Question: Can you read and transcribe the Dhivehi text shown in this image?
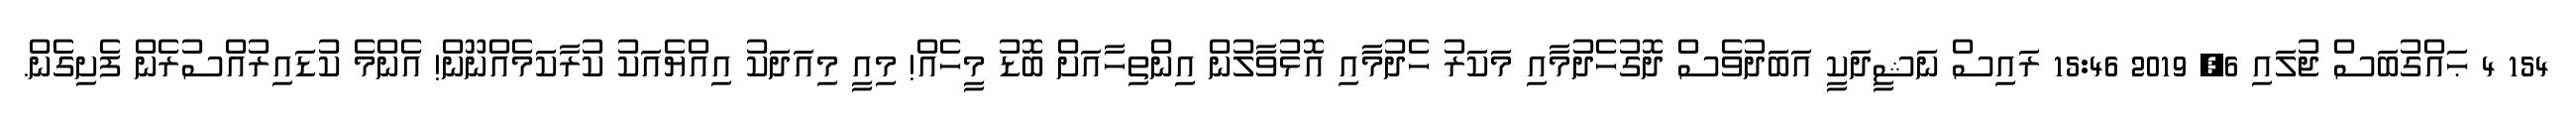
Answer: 154 4 ޙައްގުބަސް ޖުލައި 6, 2019 15:46 ރައިސް ނަޝީދަކީ އަބަދުވެސް ދޮގުހެދުމާއި މަކަރު ހެދުމާއި އޮޅުވާލުން އިންތިހާއަށް ބޮޑު މީހެއް! މިއީ މިއަދަކު އިއްޔެއަކު ކުރާކަމެއްނޫން! އެންމެ ކުޑައިރުއްސުރެން ފެށިގެން.